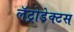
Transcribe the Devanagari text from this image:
लॅट्रोडेक्टस